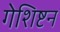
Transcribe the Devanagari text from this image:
गेशिष्टन